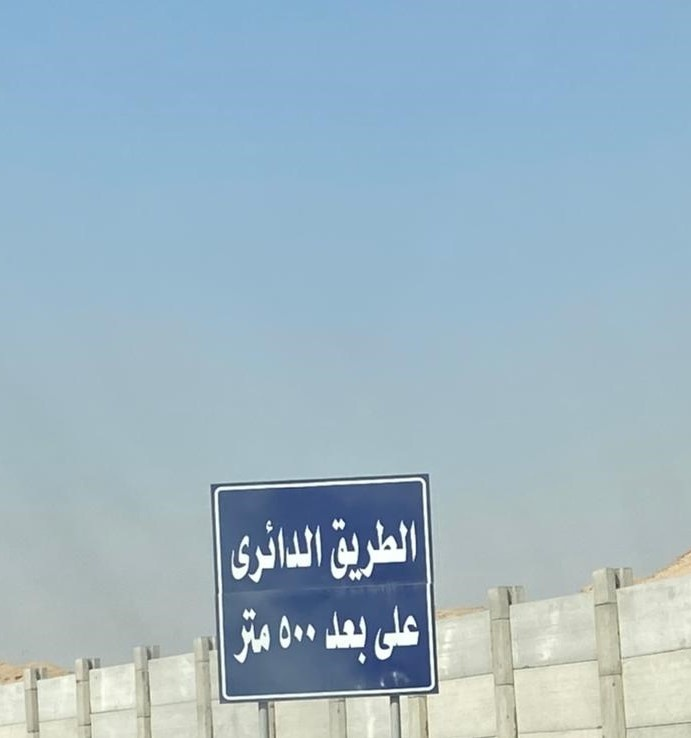
Text in image: الطريق الدائرى 500 على متر بعد